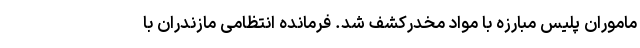
ماموران پلیس مبارزه با مواد مخدرکشف شد. فرمانده انتظامی مازندران با